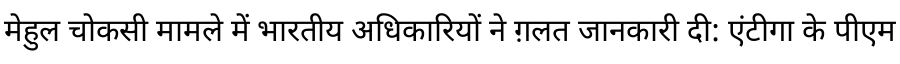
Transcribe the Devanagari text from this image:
मेहुल चोकसी मामले में भारतीय अधिकारियों ने ग़लत जानकारी दी: एंटीगा के पीएम